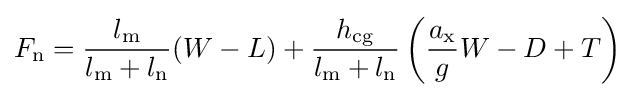
F_{\text{n}}={\frac {l_{\text{m}}}{l_{\text{m}}+l_{\text{n}}}}(W-L)+{\frac {h_{\text{cg}}}{l_{\text{m}}+l_{\text{n}}}}\left({\frac {a_{\text{x}}}{g}}W-D+T\right)